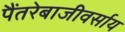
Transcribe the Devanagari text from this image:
पैंतरेबाजीवर्साय